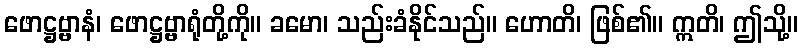
ဖောဋ္ဌဗ္ဗာနံ၊ ဖောဋ္ဌဗ္ဗာရုံတို့ကို။ ခမော၊ သည်းခံနိုင်သည်။ ဟောတိ၊ ဖြစ်၏။ ဣတိ၊ ဤသို့။